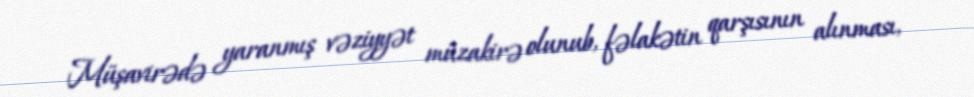
Müşavirədə yaranmış vəziyyət müzakirə olunub, fəlakətin qarşısının alınması,